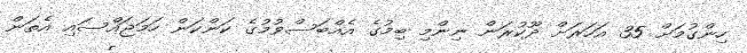
ހިންގުމަށް 35 އަހަރަށް ދޫކުރަން ނިންމި ބިމުގެ އެއްބަސްވުމުގެ ކަންކަން ހަމަޖައްސައި އެތަން